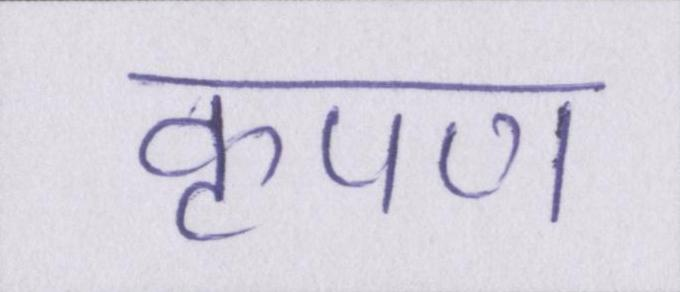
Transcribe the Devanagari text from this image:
कृपण